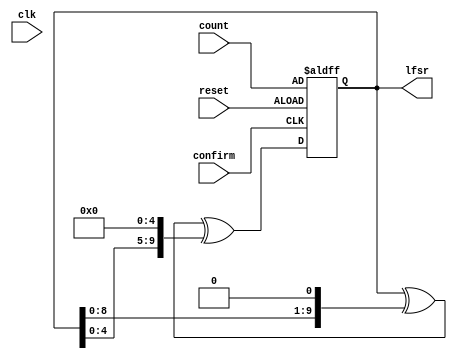
module lfsr10 (
  input wire clk,
  input wire [9:0] count,
  input wire reset,
  input wire confirm,
  output reg [9:0] lfsr
);

	always @(negedge reset or negedge confirm) begin
	  if (~reset) begin
         lfsr <= count; // Initialize the LFSR with a seed value
      end else begin
         lfsr <= lfsr ^ (lfsr << 1) ^ (lfsr << 5); // Example LFSR feedback
      end
	end

endmodule